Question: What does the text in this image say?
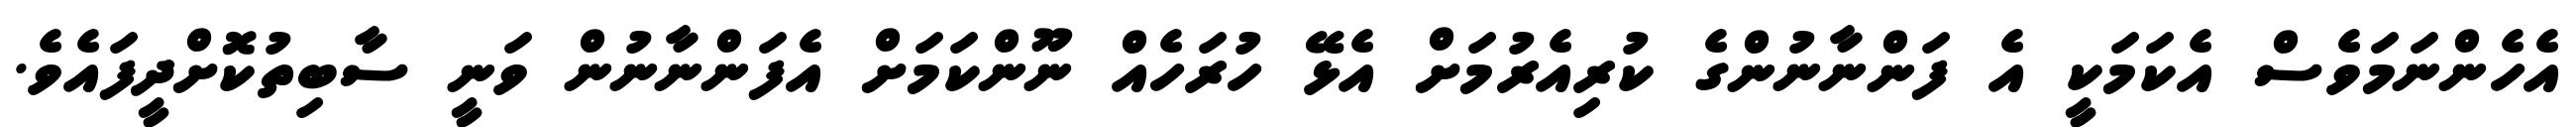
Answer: އެހެންނަމަވެސް އެކަމަކީ އެ ފަންނާނުންގެ ކުރިއެރުމަށް އެޅޭ ހުރަހެއް ނޫންކަމަށް އެފަންނާނުން ވަނީ ސާބިތުކޮށްދީފައެވެ.